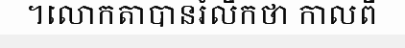
។លោកតាបានរំលឹកថា កាលពី